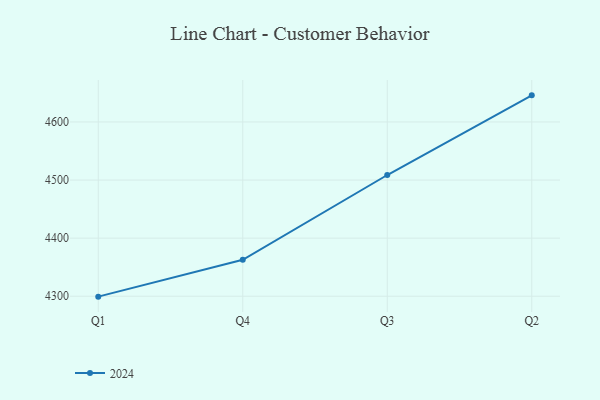
{"axis": {"x": "Quarter", "y": "Latency (ms)"}, "legend": ["2024"], "data": [{"x": "Q1", "y": 4299.3, "type": "2024"}, {"x": "Q4", "y": 4362.8, "type": "2024"}, {"x": "Q3", "y": 4508.7, "type": "2024"}, {"x": "Q2", "y": 4645.8, "type": "2024"}]}